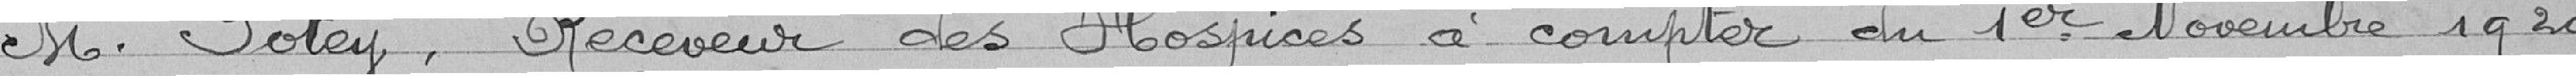
Monsieur POTEY, Receveur des Hospices à compter du 1er Novembre 1920